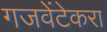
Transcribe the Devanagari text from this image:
गजवेंटेकरा